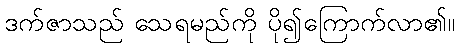
ဒက်ဇာသည် သေရမည်ကို ပို၍ကြောက်လာ၏။